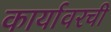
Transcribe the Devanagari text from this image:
कार्यावरची